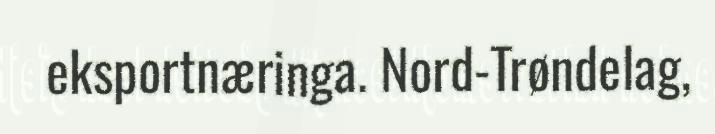
eksportnæringa. Nord-Trøndelag,